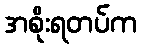
အစိုးရတပ်က